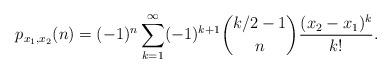
LaTeX: \begin{align*} p_{x_1,x_2}(n) = (-1)^n \sum_{k=1}^\infty (-1)^{k+1}{k/2-1 \choose n}\frac{(x_2 - x_1)^k}{k!}. \end{align*}